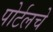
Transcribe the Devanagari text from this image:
पोर्टलचे